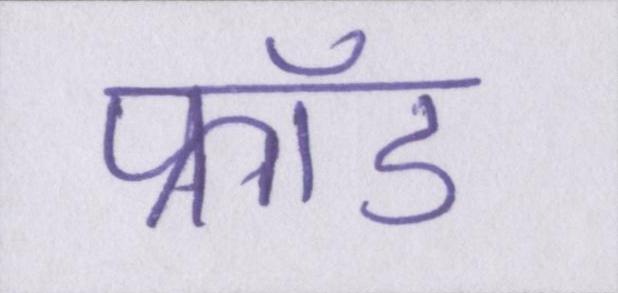
फ्रॉड